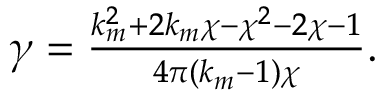
\begin{array} { r } { \gamma = \frac { k _ { m } ^ { 2 } + 2 k _ { m } \chi - \chi ^ { 2 } - 2 \chi - 1 } { 4 \pi ( k _ { m } - 1 ) \chi } . } \end{array}